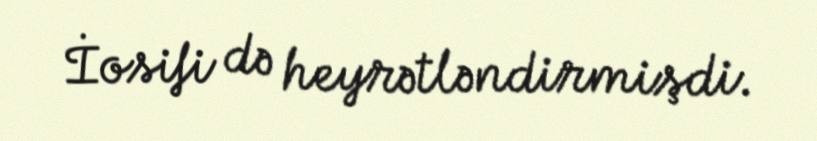
İosifi də heyrətləndirmişdi.